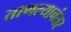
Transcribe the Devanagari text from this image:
ताणल्यानंतर